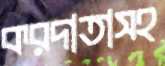
করদাতাসহ